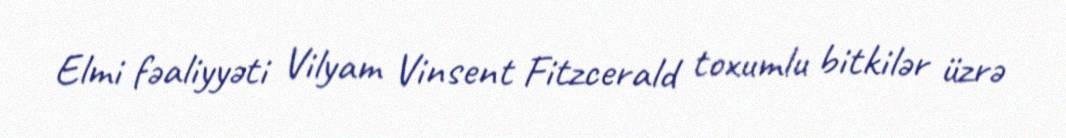
Elmi fəaliyyəti Vilyam Vinsent Fitzcerald toxumlu bitkilər üzrə